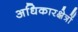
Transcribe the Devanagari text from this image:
अधिकारक्षेत्रों